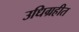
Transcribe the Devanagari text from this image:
उधिग्रहीत